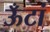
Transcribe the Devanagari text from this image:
ऊँटां